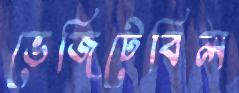
ভেজিটেবিল